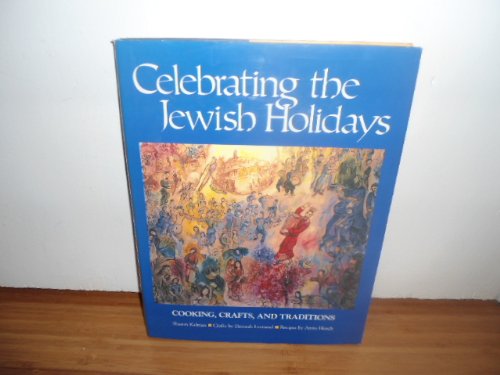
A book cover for Jewish Festivals: Celebrating the Jewish Holidays: Cooking, Crafts, & Traditions; Michael Friedman Publishing Gr; Cookbooks, Food & Wine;